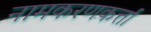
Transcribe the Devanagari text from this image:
नामकरणकर्त्ता